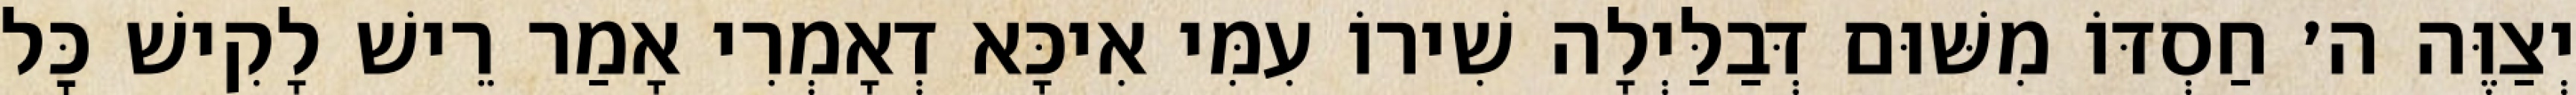
יְצַוֶּה ה׳ חַסְדּוֹ מִשּׁוּם דְּבַלַּיְלָה שִׁירוֹ עִמִּי אִיכָּא דְאָמְרִי אָמַר רֵישׁ לָקִישׁ כׇּל